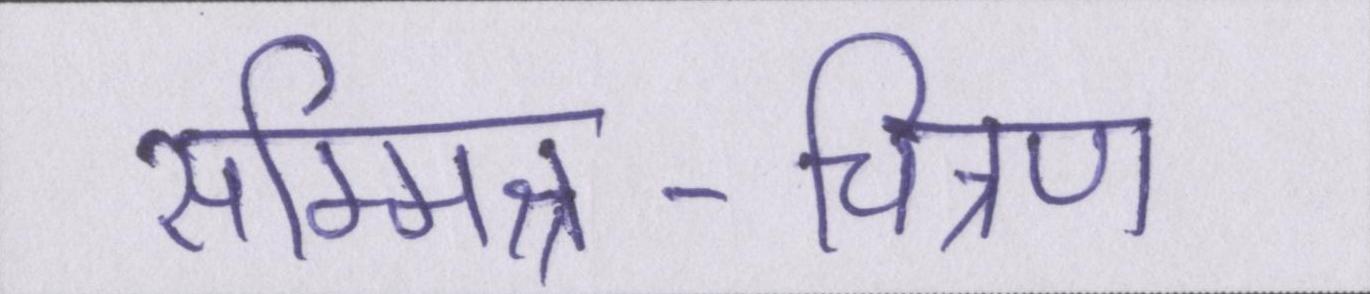
सम्मिश्र-चित्रण